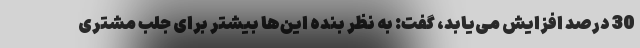
30 درصد افزایش می‌یابد، گفت: به نظر بنده این‌ها بیشتر برای جلب مشتری